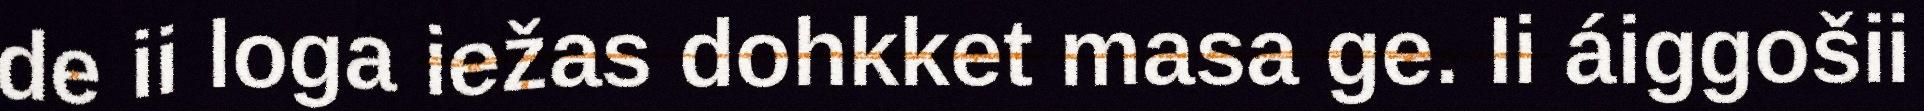
de ii loga iežas dohkket masa ge. Ii áiggošii